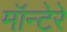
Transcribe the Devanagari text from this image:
मॉन्टेरे